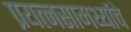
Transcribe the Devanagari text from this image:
प्रयत्‍नसामर्थ्याचे